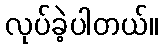
လုပ်ခဲ့ပါတယ်။